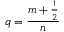
q = \frac { m + \frac { 1 } { 2 } } { n }